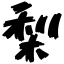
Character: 梨